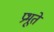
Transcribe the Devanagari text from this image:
प्रभूते